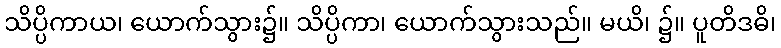
သိပ္ပိကာယ၊ ယောက်သွား၌။ သိပ္ပိကာ၊ ယောက်သွားသည်။ မယိ၊ ၌။ ပူတိဒဓိ၊